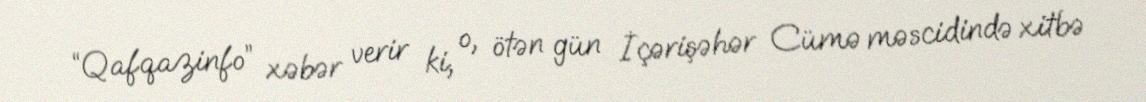
“Qafqazinfo” xəbər verir ki, o, ötən gün İçərişəhər Cümə məscidində xitbə